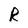
Character: R